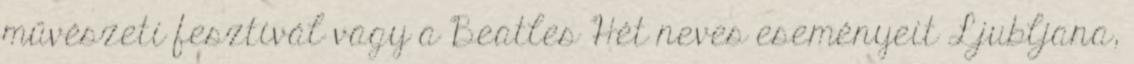
művészeti fesztivál vagy a Beatles Hét neves eseményeit Ljubljana,